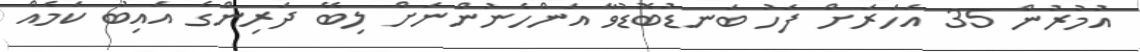
އުމުރުން 35 އަހަރަށް ފަހު ބަނޑުބޮޑުވާ އަންހެނުންނަށް ލިބޭ ދަރިންގެ އައިބު ކަމެއް